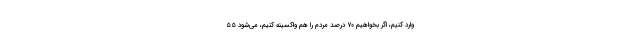
وارد کنیم، اگر بخواهیم ۷۰ درصد مردم را هم واکسینه کنیم، می‌شود ۵۵